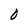
Character: 0